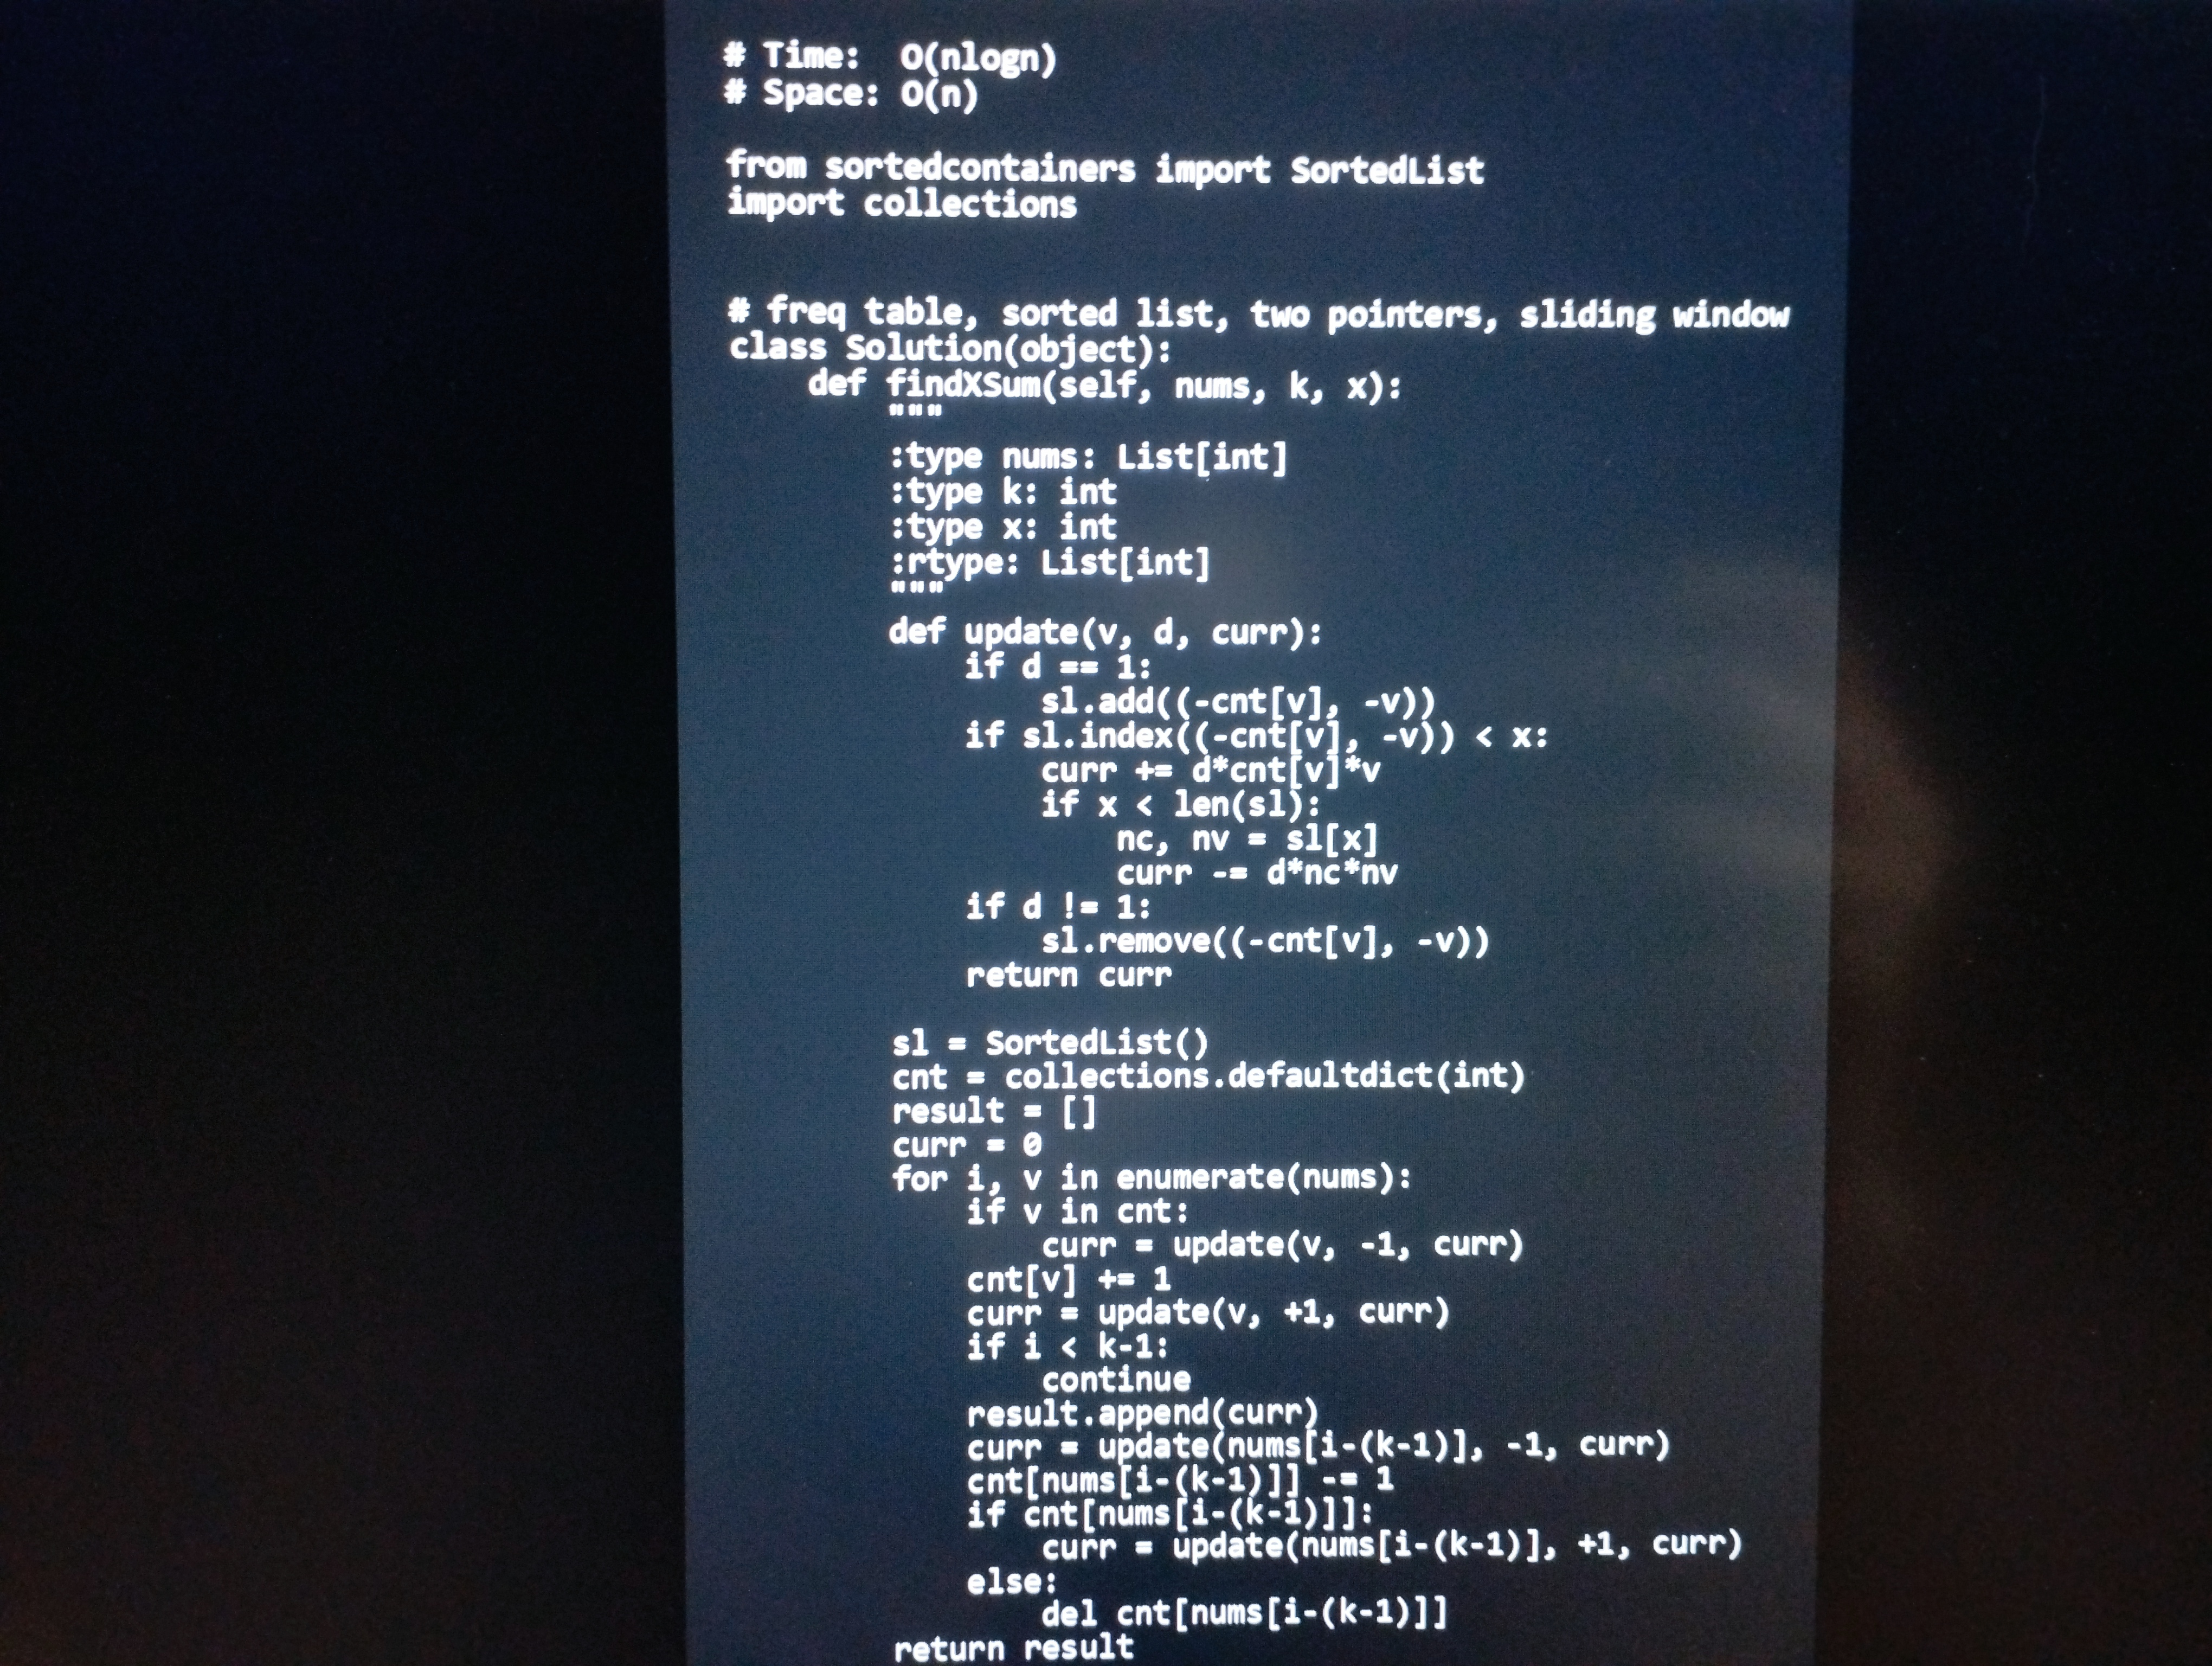
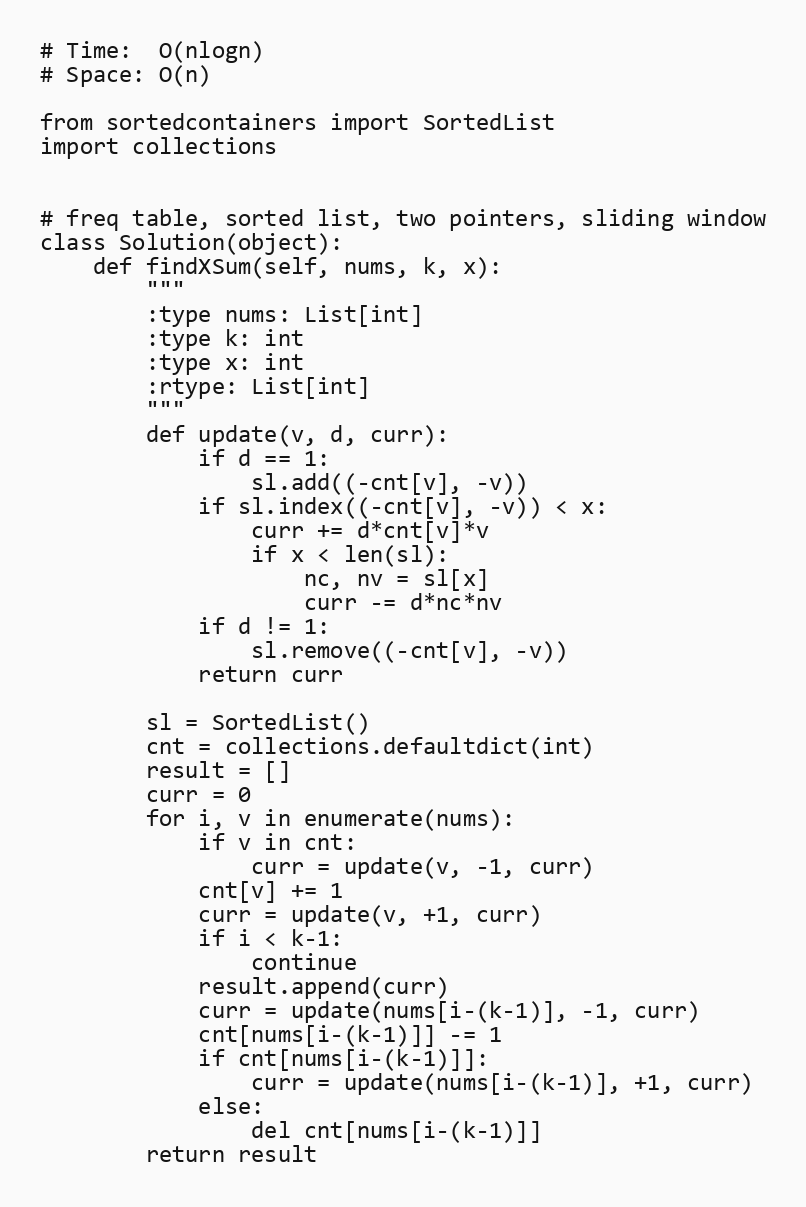
# Time:  O(nlogn)
# Space: O(n)

from sortedcontainers import SortedList
import collections

# freq table, sorted list, two pointers, sliding window
class Solution(object):
    def findXSum(self, nums, k, x):
        """
        :type nums: List[int]
        :type k: int
        :type x: int
        :rtype: List[int]
        """
        def update(v, d, curr):
            if d == 1:
                sl.add((-cnt[v], -v))
            if sl.index((-cnt[v], -v)) < x:
                curr += d*cnt[v]*v
                if x < len(sl):
                    nc, nv = sl[x]
                    curr -= d*nc*nv
            if d != 1:
                sl.remove((-cnt[v], -v))
            return curr

        sl = SortedList()
        cnt = collections.defaultdict(int)
        result = []
        curr = 0
        for i, v in enumerate(nums):
            if v in cnt:
                curr = update(v, -1, curr)
            cnt[v] += 1
            curr = update(v, +1, curr)
            if i < k-1:
                continue
            result.append(curr)
            curr = update(nums[i-(k-1)], -1, curr)
            cnt[nums[i-(k-1)]] -= 1
            if cnt[nums[i-(k-1)]]:
                curr = update(nums[i-(k-1)], +1, curr)
            else:
                del cnt[nums[i-(k-1)]]
        return result